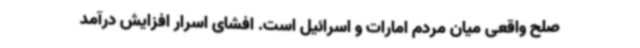
صلح واقعی میان مردم امارات و اسرائیل است. افشای اسرار افزایش درآمد